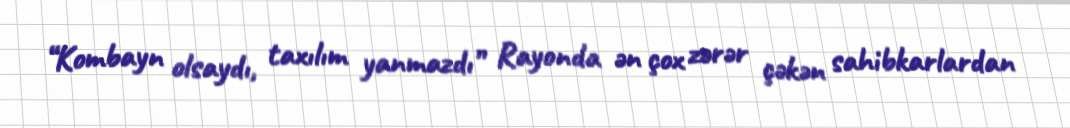
“Kombayn olsaydı, taxılım yanmazdı” Rayonda ən çox zərər çəkən sahibkarlardan